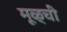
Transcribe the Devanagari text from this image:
मूळ्ची